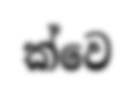
ක්වෙ